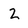
Character: 2